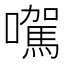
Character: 𡃉